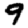
Digit: 9